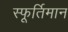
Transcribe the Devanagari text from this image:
स्फूर्तिमान